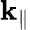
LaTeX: \mathbf{k}_{\parallel}